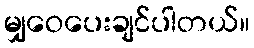
မျှဝေပေးချင်ပါတယ်။